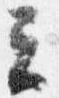
云